Scientific memoirs by medical officers of the Army of India - Part IX,
Year: 1895
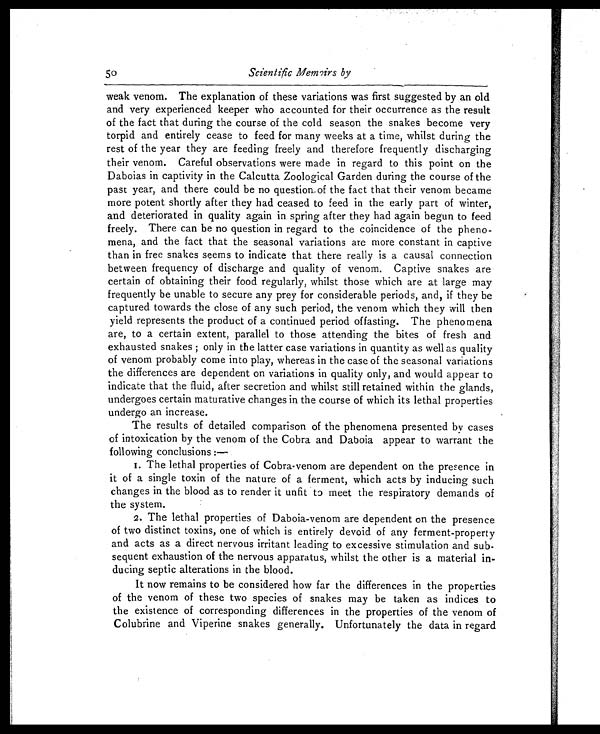
50
Scientific Memoirs by
weak venom. The explanation of these variations was first suggested by an old
and very experienced keeper who accounted for their occurrence as the result
of the fact that during the course of the cold season the snakes become very
torpid and entirely cease to feed for many weeks at a time, whilst during the
rest of the year they are feeding freely and therefore frequently discharging
their venom. Careful observations were made in regard to this point on the
Daboias in captivity in the Calcutta Zoological Garden during the course of the
past year, and there could be no question of the fact that their venom became
more potent shortly after they had ceased to feed in the early part of winter,
and deteriorated in quality again in spring after they had again begun to feed
freely. There can be no question in regard to the coincidence of the pheno-
mena, and the fact that the seasonal variations are more constant in captive
than in free snakes seems to indicate that there really is a causal connection
between frequency of discharge and quality of venom. Captive snakes are
certain of obtaining their food regularly, whilst those which are at large may
frequently be unable to secure any prey for considerable periods, and, if they be
captured towards the close of any such period, the venom which they will then
yield represents the product of a continued period offasting. The phenomena
are, to a certain extent, parallel to those attending the bites of fresh and
exhausted snakes ; only in the latter case variations in quantity as well as quality
of venom probably come into play, whereas in the case of the seasonal variations
the differences are dependent on variations in quality only, and would appear to
indicate that the fluid, after secretion and whilst still retained within the glands,
undergoes certain maturative changes in the course of which its lethal properties
undergo an increase.
The results of detailed comparison of the phenomena presented by cases
of intoxication by the venom of the Cobra and Daboia appear to warrant the
following conclusions :—
1. The lethal properties of Cobra-venom are dependent on the presence in
it of a single toxin of the nature of a ferment, which acts by inducing such
changes in the blood as to render it unfit to meet the respiratory demands of
the system.
2. The lethal properties of Daboia-venom are dependent on the presence
of two distinct toxins, one of which is entirely devoid of any ferment-property
and acts as a direct nervous irritant leading to excessive stimulation and sub-
sequent exhaustion of the nervous apparatus, whilst the other is a material in-
ducing septic alterations in the blood.
It now remains to be considered how far the differences in the properties
of the venom of these two species of snakes may be taken as indices to
the existence of corresponding differences in the properties of the venom of
Colubrine and Viperine snakes generally. Unfortunately the data in regard